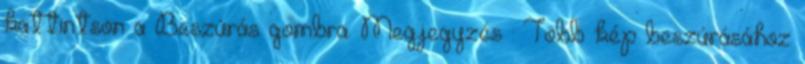
kattintson a Beszúrás gombra. Megjegyzés : Több kép beszúrásához